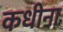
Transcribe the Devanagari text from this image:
कधीना